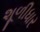
શૂળીધાર